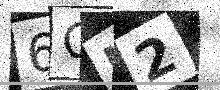
Text: 6CI2